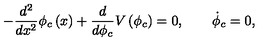
- \frac { d ^ { 2 } } { d x ^ { 2 } } \phi _ { c } \left( x \right) + \frac { d } { d \phi _ { c } } V \left( \phi _ { c } \right) = 0 , \qquad \dot { \phi } _ { c } = 0 ,